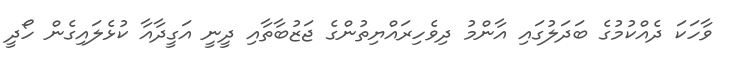
ވާހަކަ ދެއްކުމުގެ ބަދަލުގައި އާންމު ދިވެހިރައްޔިތުންގެ ޖަޒުބާތާއި ދީނީ އަގީދާއާ ކުޅެލައިގެން ހޯދީ